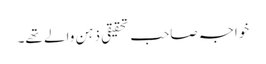
خواجہ صاحب تحقیقی ذہن والے تھے۔